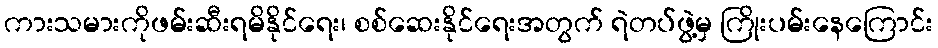
ကားသမားကိုဖမ်းဆီးရမိနိုင်ရေး၊ စစ်ဆေးနိုင်ရေးအတွက် ရဲတပ်ဖွဲ့မှ ကြိုးပမ်းနေကြောင်း